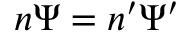
n \boldsymbol \Psi = n ^ { \prime } \boldsymbol \Psi ^ { \prime }